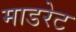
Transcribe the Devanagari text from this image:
माडरेट